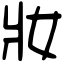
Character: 妝